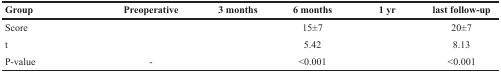
<table><thead><tr><td><b>Group</b></td><td><b>Preoperative</b></td><td><b>3 months</b></td><td><b>6 months</b></td><td><b>1 yr</b></td><td><b>last follow-up</b></td></tr></thead><tbody><tr><td>Score</td><td>[EMPTY_CELL]</td><td>[EMPTY_CELL]</td><td>15±7</td><td>[EMPTY_CELL]</td><td>20±7</td></tr><tr><td>t</td><td>[EMPTY_CELL]</td><td>[EMPTY_CELL]</td><td>5.42</td><td>[EMPTY_CELL]</td><td>8.13</td></tr><tr><td>P-value</td><td>-</td><td>[EMPTY_CELL]</td><td>&lt;0.001</td><td>[EMPTY_CELL]</td><td>&lt;0.001</td></tr></tbody></table>